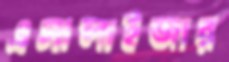
এনালাইজার